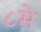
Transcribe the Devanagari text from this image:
८मे